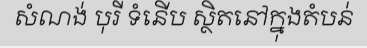
សំណង់ បុរី ទំនើប ស្ថិតនៅក្នុងតំបន់